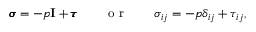
\begin{array} { r } { \pmb { \sigma } = - p \mathbf { I } + \pmb { \tau } \qquad \textnormal { o r } \qquad \sigma _ { i j } = - p \delta _ { i j } + \tau _ { i j } , } \end{array}